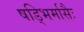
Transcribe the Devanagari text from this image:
षड्भिर्मासैः